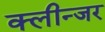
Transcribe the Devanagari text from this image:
क्लीन्जर